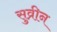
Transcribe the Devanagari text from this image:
सुव्रीन